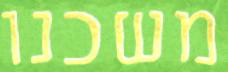
משכנו